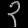
Digit: ၃